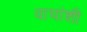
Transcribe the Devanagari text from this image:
वाघांशी